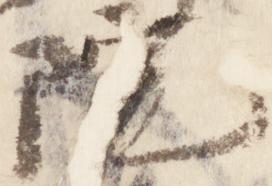
院